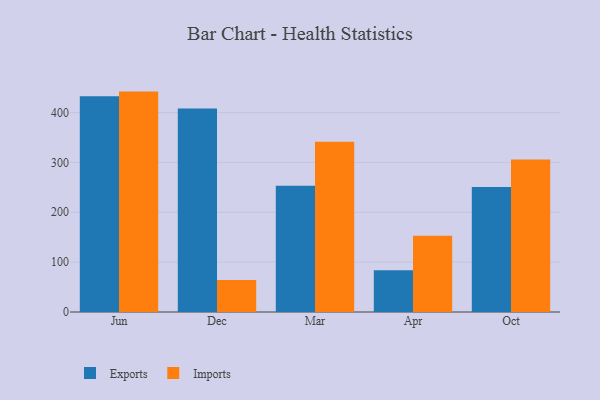
{"axis": {"x": "Month", "y": "Operating Costs (USD K)"}, "legend": ["Exports", "Imports"], "data": [{"x": "Jun", "y": 432.8, "type": "Exports"}, {"x": "Jun", "y": 442.1, "type": "Imports"}, {"x": "Dec", "y": 408.0, "type": "Exports"}, {"x": "Dec", "y": 64.3, "type": "Imports"}, {"x": "Mar", "y": 253.2, "type": "Exports"}, {"x": "Mar", "y": 341.6, "type": "Imports"}, {"x": "Apr", "y": 83.8, "type": "Exports"}, {"x": "Apr", "y": 152.7, "type": "Imports"}, {"x": "Oct", "y": 250.9, "type": "Exports"}, {"x": "Oct", "y": 305.8, "type": "Imports"}]}